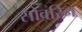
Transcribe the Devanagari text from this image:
सोवरिन